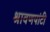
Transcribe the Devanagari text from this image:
श्रावणपांटी